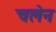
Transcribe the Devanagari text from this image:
चलेन